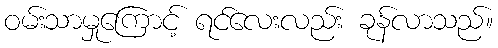
ဝမ်းသာမှုကြောင့် ရင်လေးလည်း ခုန်လာသည်။